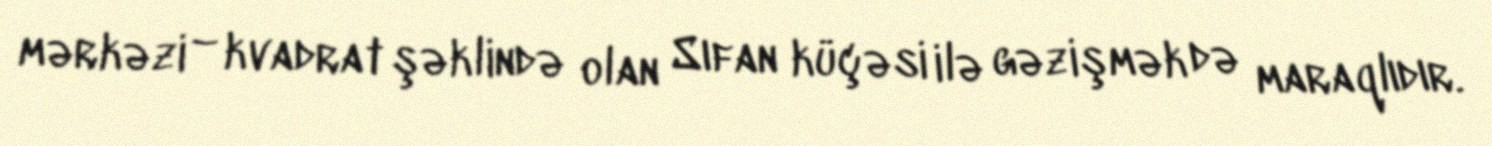
mərkəzi – kvadrat şəklində olan Sıfan küçəsi ilə gəzişmək də maraqlıdır.